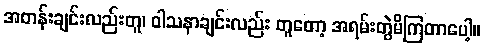
အတန်းချင်းလည်းတူ၊ ဝါသနာချင်းလည်း တူတော့ အရမ်းတွဲမိကြတာပေါ့။